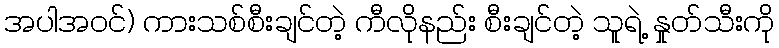
အပါအဝင်) ကားသစ်စီးချင်တဲ့ ကီလိုနည်း စီးချင်တဲ့ သူရဲ့ နှုတ်သီးကို